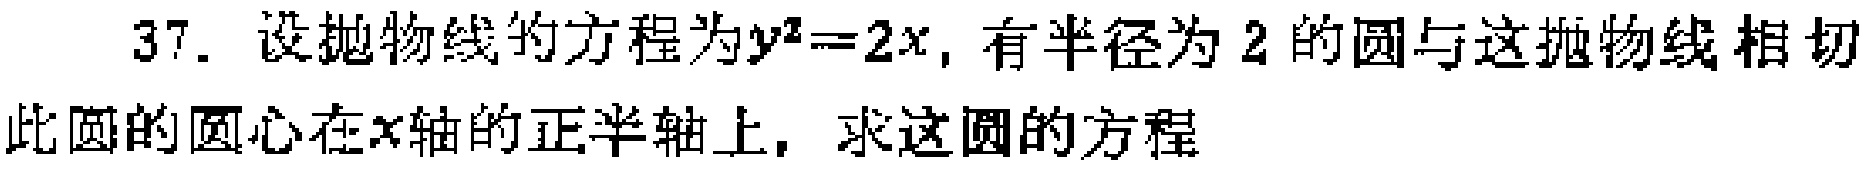
37. 设抛物线的方程为\(y^{2}=2x\)，有半径为\(2\)的圆与这抛物线相切，此圆的圆心在\(x\)轴的正半轴上，求这圆的方程